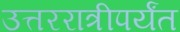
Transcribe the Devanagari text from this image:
उत्तररात्रीपर्यंत